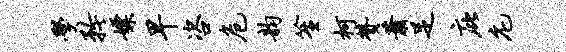
学矜嫖早咨危韵笙柯赞萧足庇庀